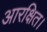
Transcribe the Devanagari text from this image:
आरक्षित।